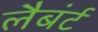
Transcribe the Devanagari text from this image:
लैबंर्ट